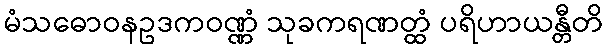
မံသဓောဝနဥဒကဝဏ္ဏံ သုခကရဏတ္ထံ ပရိဟာယန္တီတိ